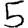
Digit: 5